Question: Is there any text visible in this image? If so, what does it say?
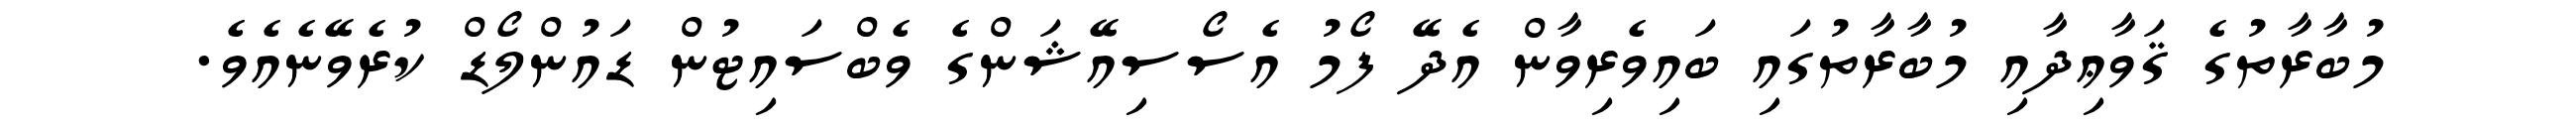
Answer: މުބާރާތުގެ ޤަވާޢިދާއި މުބާރާތުގައި ބައިވެރިވާން އެދޭ ފޯމު އެސޯސިއޭޝަންގެ ވެބްސައިޓުން ޑައުންލޯޑް ކުރެވޭނެއެވެ.